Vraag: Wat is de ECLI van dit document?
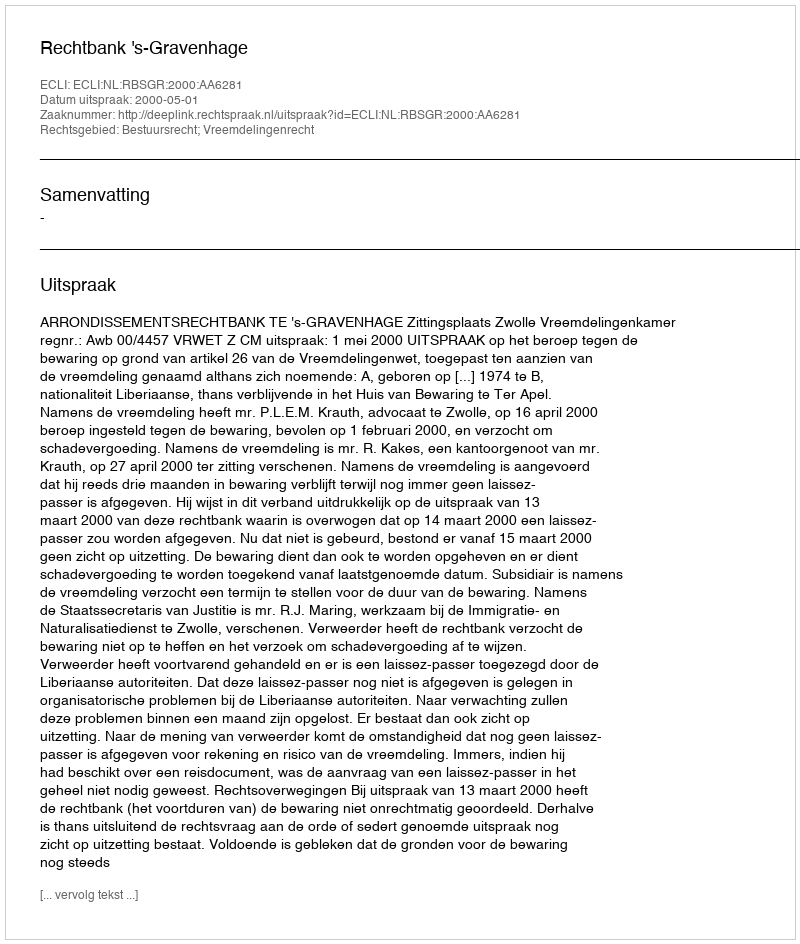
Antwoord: ECLI:NL:RBSGR:2000:AA6281